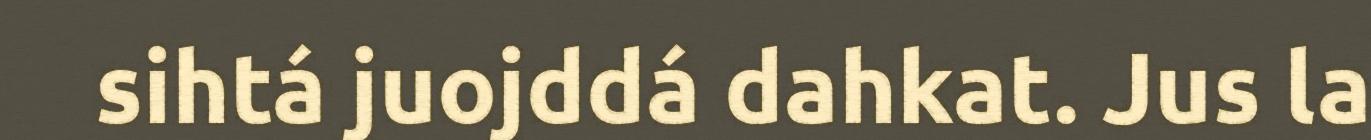
sihtá juojddá dahkat. Jus la